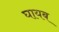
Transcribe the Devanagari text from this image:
घायब